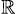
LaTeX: _{\mathbb{R}}